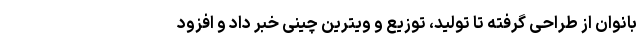
بانوان از طراحی گرفته تا تولید، توزیع و ویترین چینی خبر داد و افزود